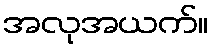
အလုအယက်။